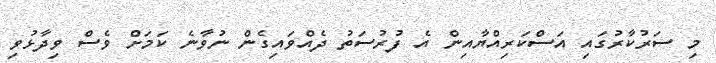
މި ސަރުކާރުގައި އަސްކަރިއްޔާއިން އެ ފުރުސަތު ދެއްވައިގެން ނުވާނެ ކަމަށް ވެސް ވިދާޅުވި